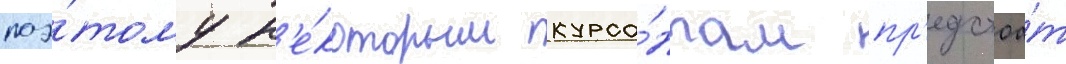
поэ́тому н'е́которым курса́нтам пр'едстоа́т